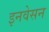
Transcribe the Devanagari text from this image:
इनवेसन